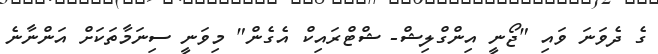
ގެ ދެވަނަ ވައި "ޖޯނީ އިންގްލިޝް- ޝްޓްރައިކް އެގެން" މިވަނީ ސިނަމާތަކަށް އަންނާނެ